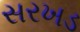
સરખડ